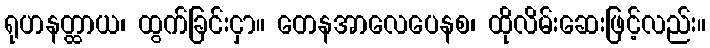
ရုဟနတ္ထာယ၊ ထွက်ခြင်းငှာ။ တေနအာလေပေနစ၊ ထိုလိမ်းဆေးဖြင့်လည်း။